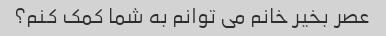
عصر بخیر خانم می توانم به شما کمک کنم؟